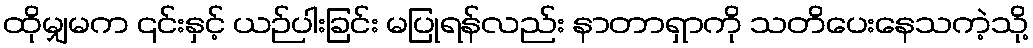
ထိုမျှမက ၎င်းနှင့် ယဉ်ပါးခြင်း မပြုရန်လည်း နာတာရှာကို သတိပေးနေသကဲ့သို့